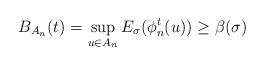
LaTeX: \begin{align*}B_{A_n}(t)=\sup_{u\in A_n}E_{\sigma}(\phi_n^t(u))\geq \beta(\sigma)\end{align*}